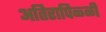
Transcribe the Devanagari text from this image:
अतिरापिळ्ळी